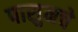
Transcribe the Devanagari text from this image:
पासुनचे